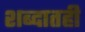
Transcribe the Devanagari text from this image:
शब्दातही